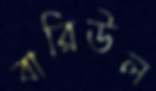
বারিউল